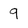
Character: 9